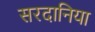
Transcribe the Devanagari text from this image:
सरदानिया